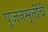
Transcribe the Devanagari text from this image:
पूजनमूर्तीचे